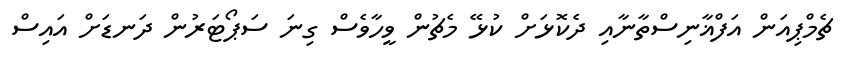
ޗެމްޕިއަން އަފްޣާނިސްތާނާއި ދެކޮޅަށް ކުޅޭ މެޗުން ވީހާވެސް ގިނަ ސަޕޯޓަރުން ދަނޑަށް އައިސް